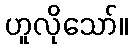
ဟူလိုသော်။